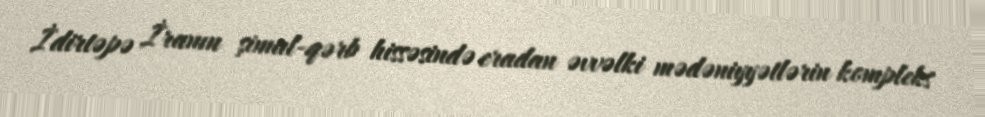
İdirtəpə İranın şimal-qərb hissəsində eradan əvvəlki mədəniyyətlərin kompleks